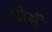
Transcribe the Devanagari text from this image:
झोर्स